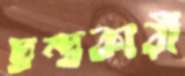
দ্বন্দ্বকারী